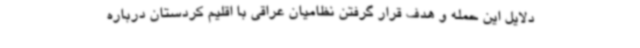
دلایل این حمله و هدف قرار گرفتن نظامیان عراقی با اقلیم کردستان درباره